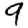
Digit: 9